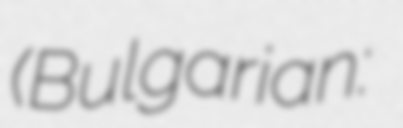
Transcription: (Bulgarian: Община